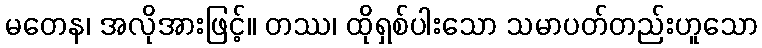
မတေန၊ အလိုအားဖြင့်။ တဿ၊ ထိုရှစ်ပါးသော သမာပတ်တည်းဟူသော